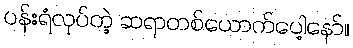
ပန်းရံလုပ်တဲ့ ဆရာတစ်ယောက်ပေါ့နော်။